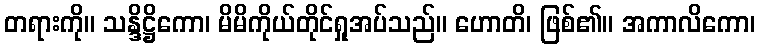
တရားကို။ သန္ဒိဋ္ဌိကော၊ မိမိကိုယ်တိုင်ရှုအပ်သည်။ ဟောတိ၊ ဖြစ်၏။ အကာလိကော၊